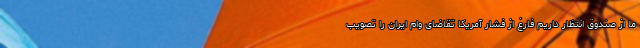
ما از صندوق انتظار داریم فارغ از فشار آمریکا تقاضای وام ایران را تصویب